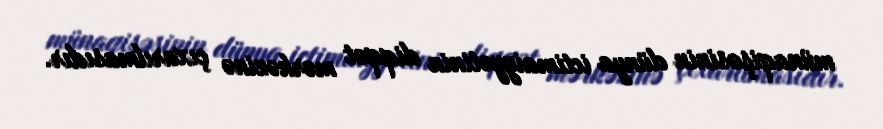
münaqişəsinin dünya ictimaiyyətinin diqqət mərkəzinə çıxarılmasıdır.